画像に写った文字を読んでください
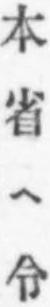
「本省ヘ令」と書いてあります